Vaccination in the Punjab 1905-1918 - 1905-1918
Year: 1905
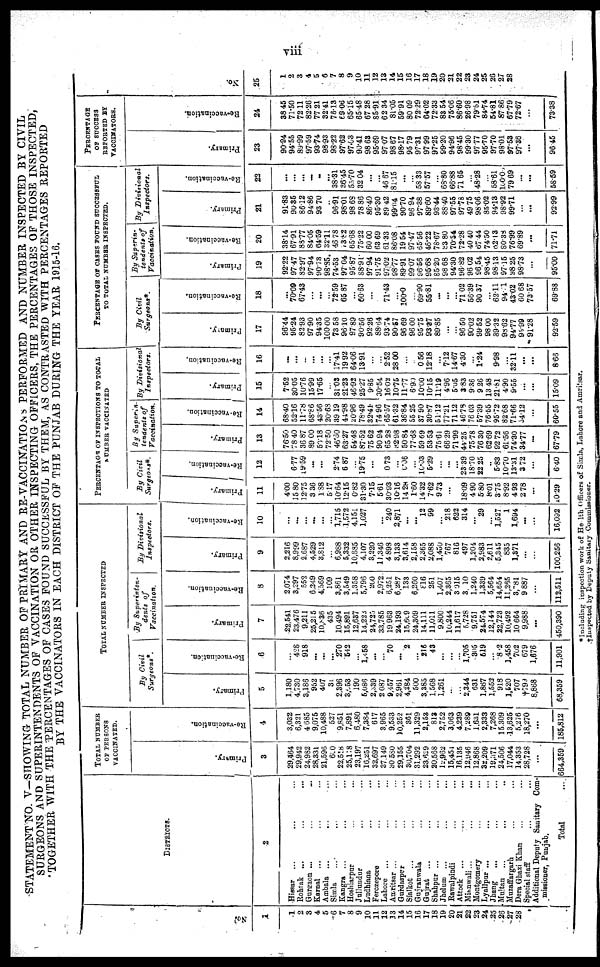
viii
STATEMENT NO.
V— SHOWING TOTAL NUMBER OF PRIMARY AND RE-VACCINATIONS PERFORMED AND NUMBER INSPECTED BY CIVIL
SURGEONS AND SUPERINTENDENTS OF VACCINATION OR OTHER INSPECTING OFFICERS, THE PERCENTAGES OF THOSE INSPECTED,
TOGETHER WITH THE PERCENTAGES OF CASES FOUND SUCCESSFUL BY THEM, AS CONTRASTED WITH PERCENTAGES REPORTED
BY THE
VACCINATORS IN EACH DISTRICT OF THE PUNJAB DURING THE YEAR 1915-16.
No.
1
1
2
8
4
5
6
7
8
9
10
11
12
13
14
15
16
17
18
19
20
21
22
23
24
.25
.26
.27
.28
DISTRICTS.
2
Hissar ... ... ...
Rohtak ... ... ...
Gurgaon ... ... ...
Karnal ... ... ...
Ambala ... ... ...
Simla ... ... ...
Kangra ... ... ...
Hoshiarpur ... ...
Jallandar ... ...
Ludhiana ... ...
Ferozepure ... ...
Lahore ... ... ...
Amritsar ... ... ...
Gurdaspur ... ...
Sialkot
... ... ...
Gujranwala ... ...
Gujrat
... ... ...
Shahpur ... ... ...
Jhelum ... ... ...
Rawalpindi ... ...
Attack
... ... ...
Mianwali... ... ...
Montgomery ... ...
Lyallpur ... ... ...
Jhang ... ... ...
Multan
... ... ...
Muzaffargarh ... ...
Dera Ghazi Khan ... ...
Special staff ... ...
Additional Deputy Sanitary
Com-
missioner, Punjab.
Total
...
TOTAL NUMBER
OF PERSONS
VACCINATED.
Primary.
3
29,464
29,942
24,982
28,331
21,596
600
22,518
25,118
23,197
16,251
32,697
37,149
30,580
29,155
30,704
31,292
23,639
20,568
12,962
15,454
16,135
12,946
12,868
32,209
19,371
24,506
17,044
14,353
28,728
...
664,359
Re-vaccination.
4
3,032
6,321
4 685
9,075
10,488
527
9,851
7,891
6,480
7,384
617
3.965
9,533
10,252
361
11,329
2,153
813
2,752
3,063
4,239
7,289
1,631
2,333
7,268
15,309
13,625
5,276
18,270
...
185,812
TOTAL NUMBER INSPECTED
By Civil
Surgeons*.
Primary.
5
1,180
4,730
3,186
952
407
31
2,396
3,053
190
5,086
2,339
2,087
9,457
2,961
4,384
500
3,385
1,568
1,261
..
...
2,344
631
1,867
1,552
918
1,620
707
†799
8,868
68,359
Re-vaccination.
6
...
428
918
...
...
...
270
542
...
l,458
...
...
70
...
2
...
216
43
...
...
...
1,705
305
519
...
8.2
1,458
702
679
1,676
11,901
By
Superinten-
dents of
Vaccination.
Primary.
7
22,541
23,476
9,211
25,215
10,836
435
10,494
15,891
12,687
14,224
24,725
33,785
19,963
24,193
15,609
24,309
14,111
11,011
9,800
10,244
11,617
5,728
9,751
24,574
12,144
22,723
10,492
10,664
9,988
...
450,390
Re-vaccination.
8
2.074
3,297
552
6.349
4,569
109
3,861
3,549
1.858
5,796
200
2,972
6,251
6,287
133
6,260
816
251
1,407
2,865
3,015
3,10
1,240
1,339
5,564
14,654
11,265
3,781
9,887
...
112,511
By
Divisional
Inspectors.
Primary.
9
2,216
8,999
2,687
4,529
3,812
...
6,988
5,332
10,885
4,107
3,220
11,346
4,898
3,133
3,614
2,158
2,365
2,088
1,450
767
816
497
1,204
2,983
2,611
5,345
835
1,371
...
...
100,256
Re-vaccination.
10
...
...
...
...
...
...
1,715
1,572
4,151
1,027
...
...
240
2,871
...
...
12
99
...
218
622
314
...
29
...
1,527
1
1,694
...
...
16,092
PERCENTAGE OF INSPECTIONS TO TOTAL
NUMBER VACCINATED
By Civil
Surgeons*.
Primary.
11
400
15.80
12.75
3.36
1.88
5.17
10.64
12.15
0.82
31.30
7.15
5.61
30.93
10.16
14.28
1.60
14.32
7.62
9.73
...
18.09
4.90
5.80
8.01
3.75
8.92
4.93
2.78
...
10.29
Re-vaccination.
12
6.77
19.59
...
...
2.74
6.87
...
19.75
...
0.73
...
0.06
...
10.03
5.29
...
...
...
23.39
18.70
22.25
..
5.83
10.70
13.31
3.72
...
6.40
By
Superin-
tendents of
Vaccination.
Primary.
13
76.50
78.40
36.87
89. 00
50.18
72.50
46.60
63.27
54.48
87.52
75.62
90.94
65.28
82.98
50.84
77.68
59.69
53.53
75.61
66.29
71.99
44.25
75.78
76.30
62.69
92.72
61.56
74.30
34.77
...
67.79
Re-vaccination.
14
68.40
52.16
11.78
68.86
43.56
20.63
39.19
44.98
20.96
78.49
32.41
74.96
65.57
61.32
36.84
55.25
37.90
30.87
51.12
77.21
71.12
46.78
76.03
57.39
78.55
95.72
82.68
71.66
54.12
...
60.55
By Divisional
Inspectors.
Pr i
mar y.
15
7.52
30.05
10.76
15.99
17.65
...
31.03
21.23
46.92
25.27
9.85
30.54
16.02
10.75
11.77
6.90
10.00
10.15
11.19
4.96
5.05
3.83
9.36
9.26
13.48
21.81
4.90
9.55
...
...
5.09 I
Re-vaccination.
16
...
...
...
...
...
...
17.41
19.92
64.06
13.91
...
...
2.52
28.00
...
..
0.56
12.18
...
7.12
14.67
4.30
...
1.24
9.98
...
32.11
...
...
8.66
PERCENTAGE OF CASES FOUND SUCCESSFUL
TO TOTAL NUMBER INSPECTED.
By Civil
Surgeons*.
Primary.
17
96.44
95.24
82.93
97.90
94.35
100.00
73.58
96.10
97.89
90.56
92.26
88.64
93.74
90.57
96.69
96.00
95.75
93.37
89.85
...
...
96.50
90.02
99.52
98.00
89.32
98.62
94.77
95.99
91.28
92.59
Re-vaccination.
18
...
70.09
67.43
...
...
...
72.59
65.87
...
60.63
...
71.43
...
100.0
...
69.90
55.81
...
...
...
71.02
56.39
90.37
...
82.11
94.1
43.02
60.68
73.57
69.88
By Superin-
tendents of
Vaccination
Primary.
19
92.22
97.47
82.97
97.94
90.73
98.85
74.53
97.04
95.87
88.91
97.94
91.75
97.02
98.77
89.91
99.07
96.56
96.68
85.20
98.68
94.30
96.82
96.02
96.54
98.45
98.13
97.15
98.25
98.73
...
95.00
Re-vaccination.
20
38.14
67.91
88.77
84.05
64.59
32.11
46.78
73.82
65.68
75.22
60.00
63.69
61.33
86.08
19.54
97.47
65.56
46.22
78.67
83.80
70.54
72.28
40.40
87.44
74.50
62.13
80.38
76.99
69.89
...
71.71
By Divisional
Inspectors.
Primary.
21
91.83
90.36
86.12
94.86
93.70
..
96.91
98.01
98.68
78.86
86.40
95.30
89.42
99.04
90.70
96.94
97.38
89.60
93.44
88.40
97.55
97.78
49.75
98.06
85.02
94.13
98.92
99.71
...
...
92.99
Re-vaccination.
22
...
...
...
...
...
...
38.31
36.45
55.70
32.04
...
...
46.67
81.15
...
...
58.33
57.57
...
68.80
66.88
71.65
...
48.28
...
58.61
100.0
79.69
...
...
58.69
PERCENTAGE
OF SUCCESS
EMPORTED BY
VACCINATORS.
Primary.
23
90.94
94.55
89.99
97.59
93.74
98.93
98.22
97.62
97.03
90.41
98.63
95.69
97.07
98.87
98.17
95.79
97.31
97.99
97.25
99.20
94.86
98.45
99.30
97.77
95.70
97.70
98.01
97.68
97.36
...
96.45
Re-vaccination.
24
38.45
71.50
72.11
82.26
77.21
32.41
76.13
69.06
65.15
65.48
67.28
85.91
62.34
81.05
59.91
80.09
72.29
64.02
72.33
83.54
75.06
86.60
26.98
79.61
84.74
54.81
87.86
67.79
72.67
...
73.38
No.
25
1
2
3
4
5
6
7
8
9
10
11
12
13
14
15
16
17
18
19
20
21
22
23
24
25
26
27
28
*Including inspection work of Hea1th Officers of Simla, Lahore and Amritsar.